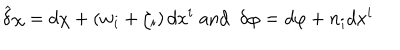
\widehat { \delta } \chi = d \chi + \left( w _ { i } + \zeta _ { i } \right) d x ^ { i } \; \mathrm { a n d ~ } \; \delta \varphi = d \varphi + n _ { i } d x ^ { i }